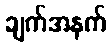
ချက်အနက်